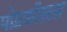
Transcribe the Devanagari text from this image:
पोडकॉस्टस